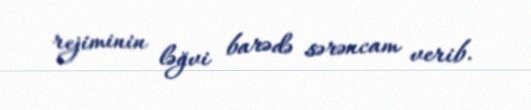
rejiminin ləğvi barədə sərəncam verib.